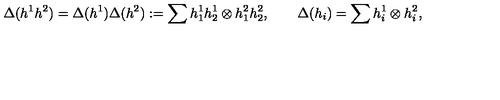
\Delta ( h ^ { 1 } h ^ { 2 } ) = \Delta ( h ^ { 1 } ) \Delta ( h ^ { 2 } ) : = \sum h _ { 1 } ^ { 1 } h _ { 2 } ^ { 1 } \otimes h _ { 1 } ^ { 2 } h _ { 2 } ^ { 2 } , \qquad \Delta ( h _ { i } ) = \sum h _ { i } ^ { 1 } \otimes h _ { i } ^ { 2 } ,